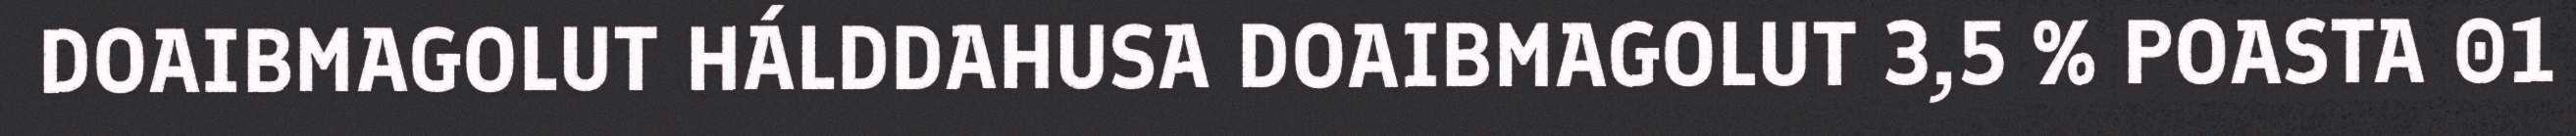
DOAIBMAGOLUT HÁLDDAHUSA DOAIBMAGOLUT 3,5 % POASTA 01